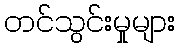
တင်သွင်းမှုများ